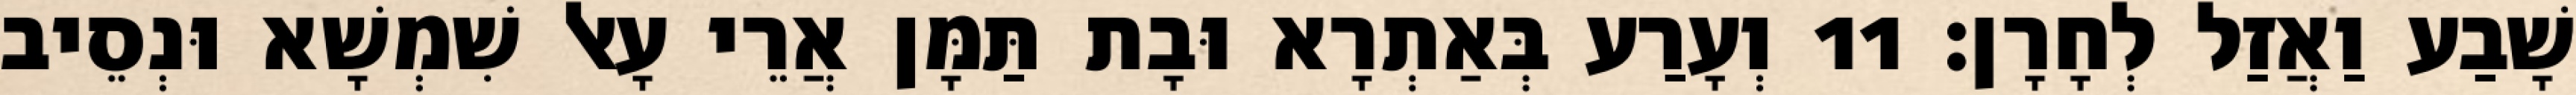
שָׁבַע וַאֲזַל לְחָרָן׃ 11 וְעָרַע בְּאַתְרָא וּבָת תַּמָּן אֲרֵי עָאל שִׁמְשָׁא וּנְסֵיב